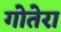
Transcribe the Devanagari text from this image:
गोतेरा